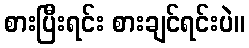
စားပြီးရင်း စားချင်ရင်းပဲ။